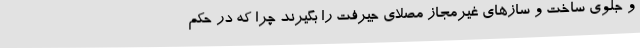
و جلوی ساخت و سازهای غیرمجاز مصلای جیرفت را بگیرند چرا که در حکم